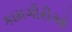
કામગીરીઓ